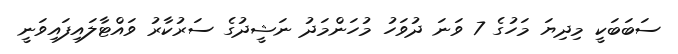
ސަބަބަކީ މިދިޔަ މަހުގެ 7 ވަނަ ދުވަހު މުހަންމަދު ނަޝީދުގެ ސަރުކާރު ވައްޓާލައިފައިވަނީ